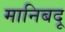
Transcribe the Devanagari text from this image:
मानिबदू